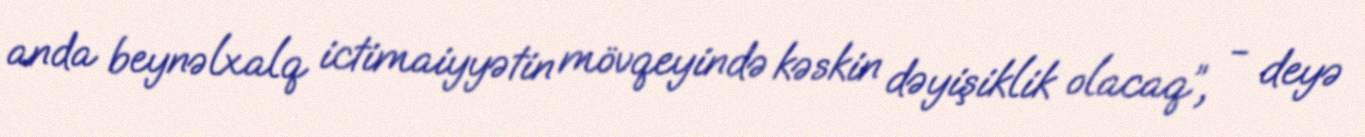
anda beynəlxalq ictimaiyyətin mövqeyində kəskin dəyişiklik olacaq”, - deyə